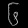
Digit: ၆